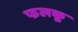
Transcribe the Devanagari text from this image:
फलकू